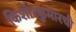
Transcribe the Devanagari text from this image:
किशोरकुमारची